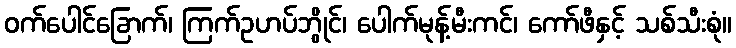
ဝက်ပေါင်ခြောက်၊ ကြက်ဥဟပ်ဘွိုင်၊ ပေါက်မုန့်မီးကင်၊ ကော်ဖီနှင့် သစ်သီးစုံ။